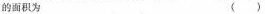
的面积为 ()